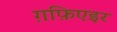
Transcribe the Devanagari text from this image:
ग़फ़िएइर